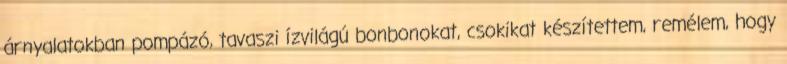
árnyalatokban pompázó, tavaszi ízvilágú bonbonokat, csokikat készítettem, remélem, hogy